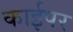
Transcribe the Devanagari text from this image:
काईपर